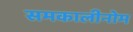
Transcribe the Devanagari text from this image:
समकालीनोम